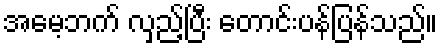
အမေ့ဘက် လှည့်ပြီး တောင်းပန်ပြန်သည်။